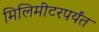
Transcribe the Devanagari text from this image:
मिलिमीटरपर्यंत